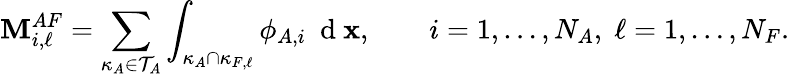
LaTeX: \mathbf{M}_{i,\ell}^{AF}=\sum_{\kappa_{A}\in\mathcal{T}_{A}}\int_{\kappa_{A}\cap\kappa_{F,\ell}}\phi_{A,i}\ \mathrm{~d~}\mathbf{x},\qquad i=1,\dots,N_{A},\; \ell=1,\dots,N_{F}.